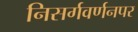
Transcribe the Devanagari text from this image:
निसर्गवर्णनपर